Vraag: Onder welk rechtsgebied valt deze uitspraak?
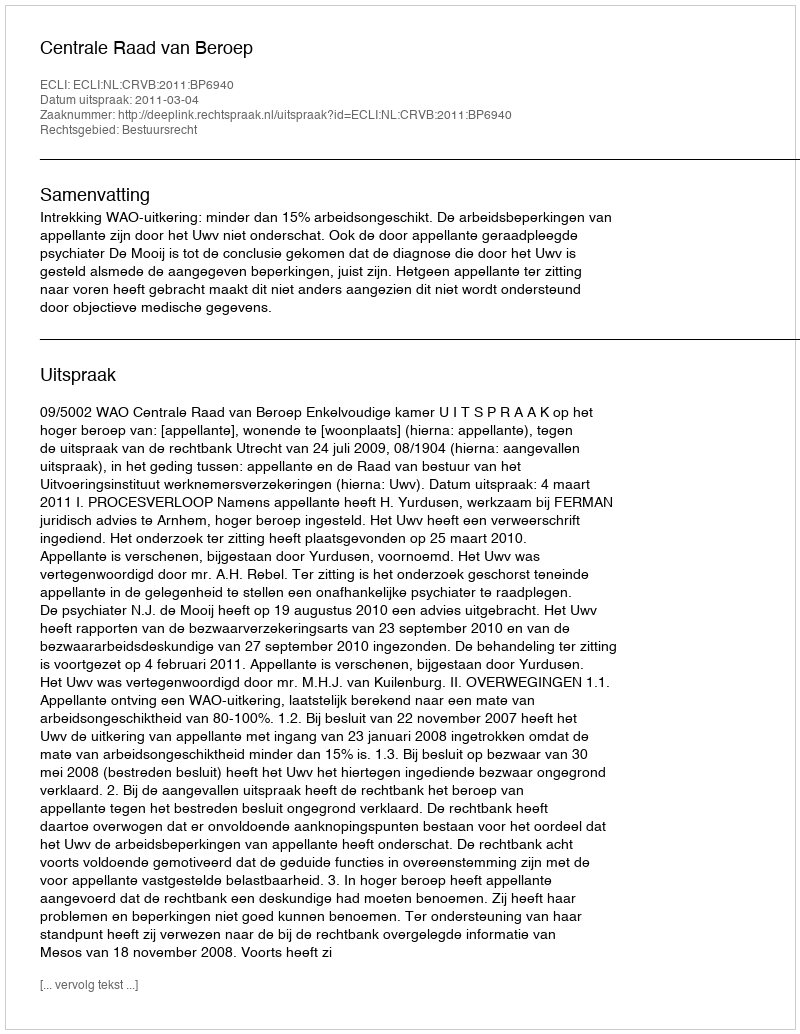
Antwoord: Bestuursrecht